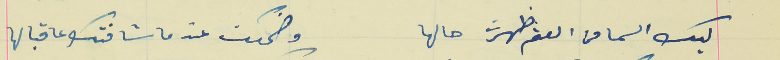
ليك السما من العتم ظهرت حالها                                وضحكت عند ما شافتك عا قبالها